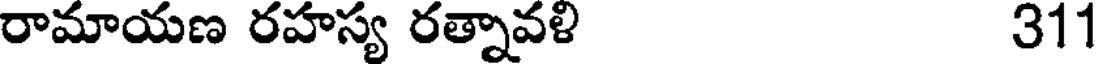
రామాయణ రహస్య రత్నావళి 311